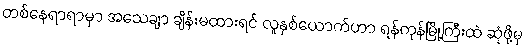
တစ်နေရာရာမှာ အသေချာ ချိန်းမထားရင် လူနှစ်ယောက်ဟာ ရန်ကုန်မြို့ကြီးထဲ ဆုံဖို့မှ